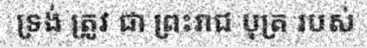
ទ្រង់ ត្រូវ ជា ព្រះរាជ បុត្រ របស់